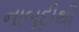
નાબૂદીથી